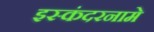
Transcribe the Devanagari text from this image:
इस्कंदरनामे